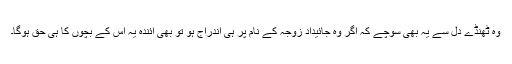
وہ ٹھنڈے دل سے یہ بھی سوچے کہ اگر وہ جائیداد زوجہ کے نام پر ہی اندراج ہو تو بھی آئندہ یہ اُس کے بچوں کا ہی حق ہوگا۔